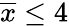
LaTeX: \overline{{x}}\leq 4